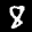
Label: 8